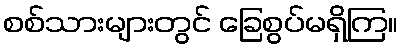
စစ်သားများတွင် ခြေစွပ်မရှိကြ။